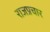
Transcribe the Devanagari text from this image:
राजप्रचार